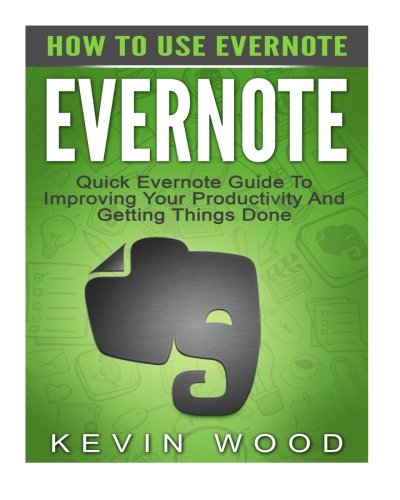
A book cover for Evernote: How To Use Evernote - Quick Evernote Guide To Improving Your Productivity And Getting Things Done (Evernote Essentials, Evernote Books, Time Management); Kevin Wood; Computers & Technology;